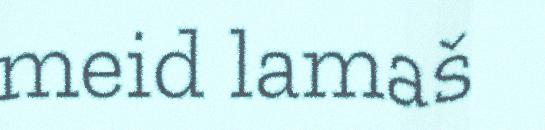
meid lamaš